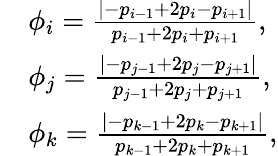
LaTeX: \begin{array}{rl}&{{\phi_{i}=\frac{\left|-p_{i-1}+2p_{i}-p_{i+1}\right|}{p_{i-1}+2p_{i}+p_{i+1}},}}\\ &{{\phi_{j}=\frac{\left|-p_{j-1}+2p_{j}-p_{j+1}\right|}{p_{j-1}+2p_{j}+p_{j+1}},}}\\ &{{\phi_{k}=\frac{\left|-p_{k-1}+2p_{k}-p_{k+1}\right|}{p_{k-1}+2p_{k}+p_{k+1}},}}\end{array}